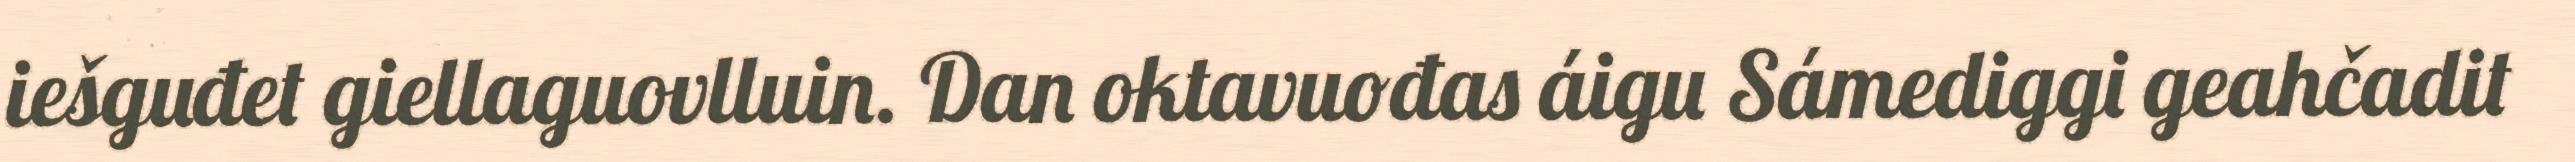
iešguđet giellaguovlluin. Dan oktavuođas áigu Sámediggi geahčadit